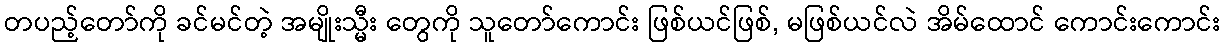
တပည့်တော်ကို ခင်မင်တဲ့ အမျိုးသ္မီး တွေကို သူတော်ကောင်း ဖြစ်ယင်ဖြစ်, မဖြစ်ယင်လဲ အိမ်ထောင် ကောင်းကောင်း